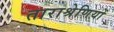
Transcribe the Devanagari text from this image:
ताराश्रेणियों